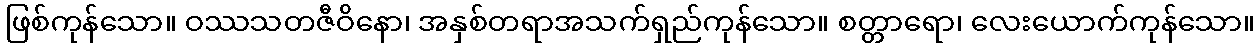
ဖြစ်ကုန်သော။ ဝဿသတဇီဝိနော၊ အနှစ်တရာအသက်ရှည်ကုန်သော။ စတ္တာရော၊ လေးယောက်ကုန်သော။